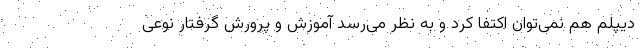
دیپلم هم نمی‌توان اکتفا کرد و به نظر می‌رسد آموزش و پرورش گرفتار نوعی